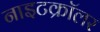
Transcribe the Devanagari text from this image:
नाइटक्रॉलर